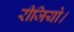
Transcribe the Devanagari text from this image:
रीजियो।